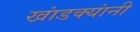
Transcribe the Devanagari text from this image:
खांडक्यांनी